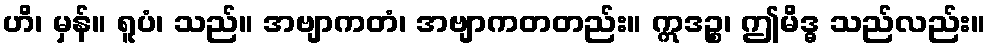
ဟိ၊ မှန်။ ရူပံ၊ သည်။ အဗျာကတံ၊ အဗျာကတတည်း။ ဣဒဉ္စ၊ ဤမိဒ္ဓ သည်လည်း။